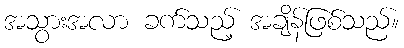
အသွားအလာ ခက်သည့် အချိန်ဖြစ်သည်။